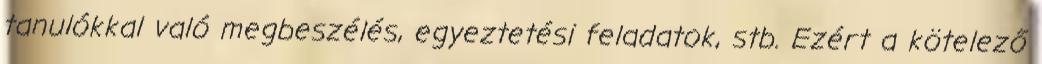
tanulókkal való megbeszélés, egyeztetési feladatok, stb. Ezért a kötelező